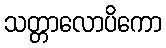
သတ္တာလောပိကော